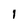
Character: I